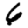
Digit: 6